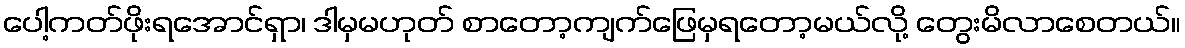
ပေါ့ကတ်ဖိုးရအောင်ရှာ၊ ဒါမှမဟုတ် စာတော့ကျက်ဖြေမှရတော့မယ်လို့ တွေးမိလာစေတယ်။